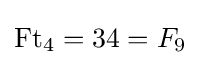
\operatorname {Ft} _{4}=34=F_{9}